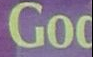
Go